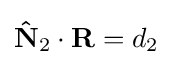
\mathbf {\hat {N}} _{2}\cdot \mathbf {R} =d_{2}